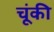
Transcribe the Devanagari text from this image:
चूंकी